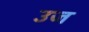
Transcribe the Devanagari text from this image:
उज